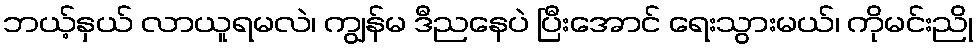
ဘယ့်နှယ် လာယူရမလဲ၊ ကျွန်မ ဒီညနေပဲ ပြီးအောင် ရေးသွားမယ်၊ ကိုမင်းညို